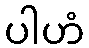
ပါဟံ